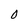
Character: 0